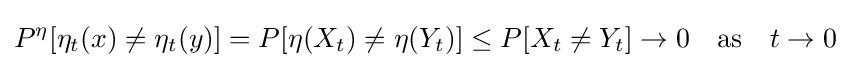
P^{\eta }[\eta _{t}(x)\neq \eta _{t}(y)]=P[\eta (X_{t})\neq \eta (Y_{t})]\leq P[X_{t}\neq Y_{t}]\rightarrow 0\quad {\text{as}}\quad t\to 0